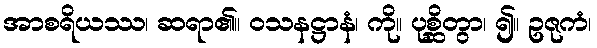
အာစရိယဿ၊ ဆရာ၏။ ဝသနဋ္ဌာနံ၊ ကို။ ပုစ္ဆိတွာ၊ ၍။ ဥဇုကံ၊